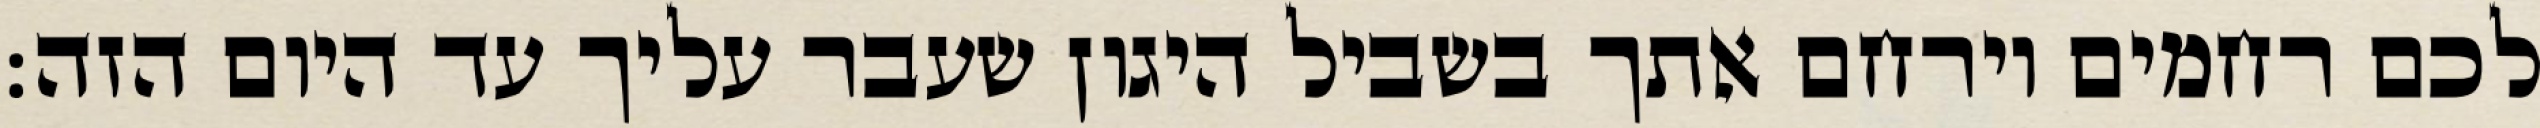
לכם רחמים וירחם אתך בשביל היגון שעבר עליך עד היום הזה: